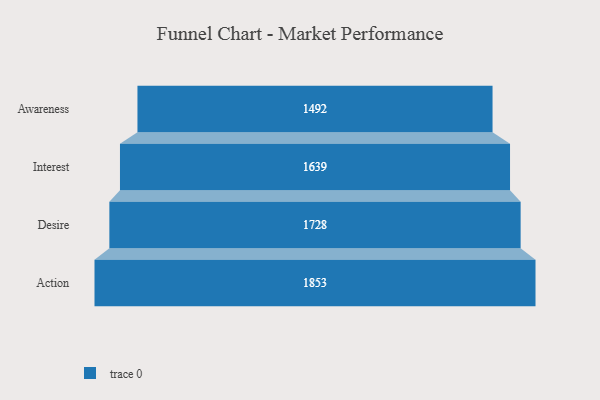
{"axis": {"x": "Stage", "y": "Value"}, "legend": [""], "data": [{"x": "Awareness", "y": 1492.0, "type": ""}, {"x": "Interest", "y": 1639.0, "type": ""}, {"x": "Desire", "y": 1728.0, "type": ""}, {"x": "Action", "y": 1853.0, "type": ""}]}